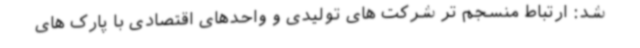
شد: ارتباط منسجم تر شرکت های تولیدی و واحدهای اقتصادی با پارک های